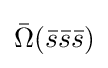
{\bar {\Omega }}({\bar {s}}{\bar {s}}{\bar {s}})